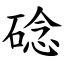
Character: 䂼